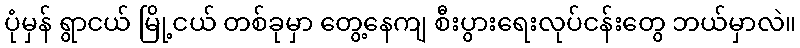
ပုံမှန် ရွာငယ် မြို့ငယ် တစ်ခုမှာ တွေ့နေကျ စီးပွားရေးလုပ်ငန်းတွေ ဘယ်မှာလဲ။